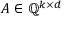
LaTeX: A \in \mathbb { Q } ^ { k \times d }